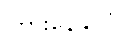
ကြားနေနိုင်ငံ။